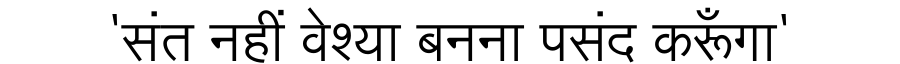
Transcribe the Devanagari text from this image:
'संत नहीं वेश्या बनना पसंद करूँगा'